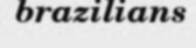
brazilians